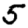
Digit: 5